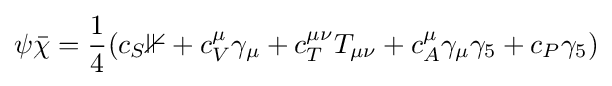
\psi {\bar {\chi }}={\frac {1}{4}}(c_{S}\mathbb {1} +c_{V}^{\mu }\gamma _{\mu }+c_{T}^{\mu \nu }T_{\mu \nu }+c_{A}^{\mu }\gamma _{\mu }\gamma _{5}+c_{P}\gamma _{5})